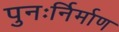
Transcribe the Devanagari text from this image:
पुनःर्निर्माण